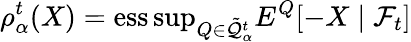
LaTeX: \rho_{\alpha}^{t}(X)=\operatorname{ess\operatorname*{sup}}_{Q\in{\tilde{\mathcal{Q}}}_{\alpha}^{t}}E^{Q}[-X\mid{\mathcal{F}}_{t}]